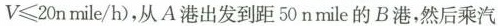
V ≤ 2 0 n mile / h )$$，从A港出发到距50nmile的B港，然后乘汽